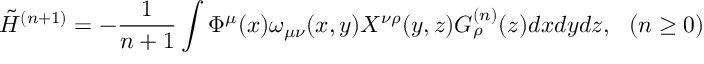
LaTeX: \tilde { H } ^ { ( n + 1 ) } = - \frac { 1 } { n + 1 } \int \Phi ^ { \mu } ( x ) \omega _ { \mu \nu } ( x , y ) X ^ { \nu \rho } ( y , z ) G _ { \rho } ^ { ( n ) } ( z ) d x d y d z , ~ ~ ( n \geq 0 )